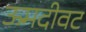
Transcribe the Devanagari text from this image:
ऊमदीवट